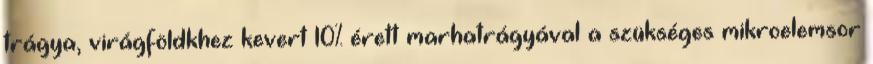
trágya, virágföldkhez kevert 10% érett marhatrágyával a szükséges mikroelemsor